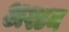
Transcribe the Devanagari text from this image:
अश्टम